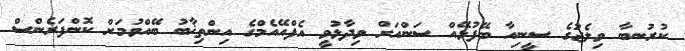
ކުރުނބާ ވިލެޖުގެ ސީނިއާ ބޭފުޅޭއް ސަންއަށް ވިދާޅުވީ އެފްއޭއެމްގެ އިންތިޚާބު ބޭއްވުމަށް ކޮންފަރެންސް